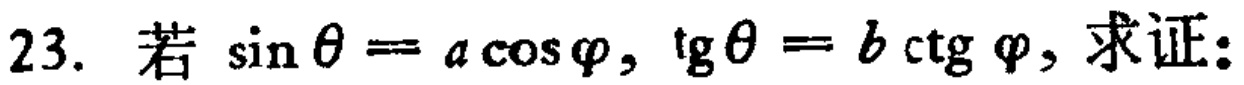
$23.\ 若\ \sin\theta = a\cos\varphi,\ \tg\theta = b\operatorname{ctg}\varphi,\ 求证:$